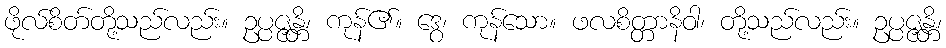
ဖိုလ်စိတ်တို့သည်လည်း။ ဥပ္ပဇ္ဇန္တိ၊ ကုန်၏။ ဒွေ၊ ကုန်သော။ ဖလစိတ္တာနိဝါ၊ တို့သည်လည်း။ ဥပ္ပဇ္ဇန္တိ၊